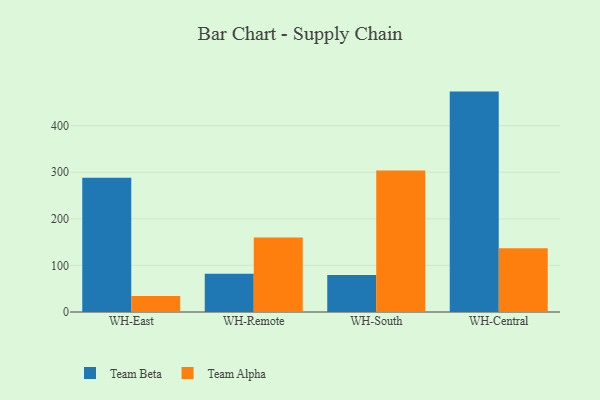
{"axis": {"x": "Warehouse", "y": "Population (Million)"}, "legend": ["Team Alpha", "Team Beta"], "data": [{"x": "WH-East", "y": 288.3, "type": "Team Beta"}, {"x": "WH-East", "y": 34.5, "type": "Team Alpha"}, {"x": "WH-Remote", "y": 81.9, "type": "Team Beta"}, {"x": "WH-Remote", "y": 159.7, "type": "Team Alpha"}, {"x": "WH-South", "y": 79.4, "type": "Team Beta"}, {"x": "WH-South", "y": 303.6, "type": "Team Alpha"}, {"x": "WH-Central", "y": 473.0, "type": "Team Beta"}, {"x": "WH-Central", "y": 136.8, "type": "Team Alpha"}]}